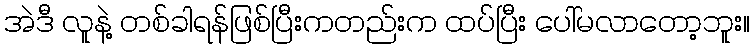
အဲဒီ လူနဲ့ တစ်ခါရန်ဖြစ်ပြီးကတည်းက ထပ်ပြီး ပေါ်မလာတော့ဘူး။